Lui_Olesk, lk 10
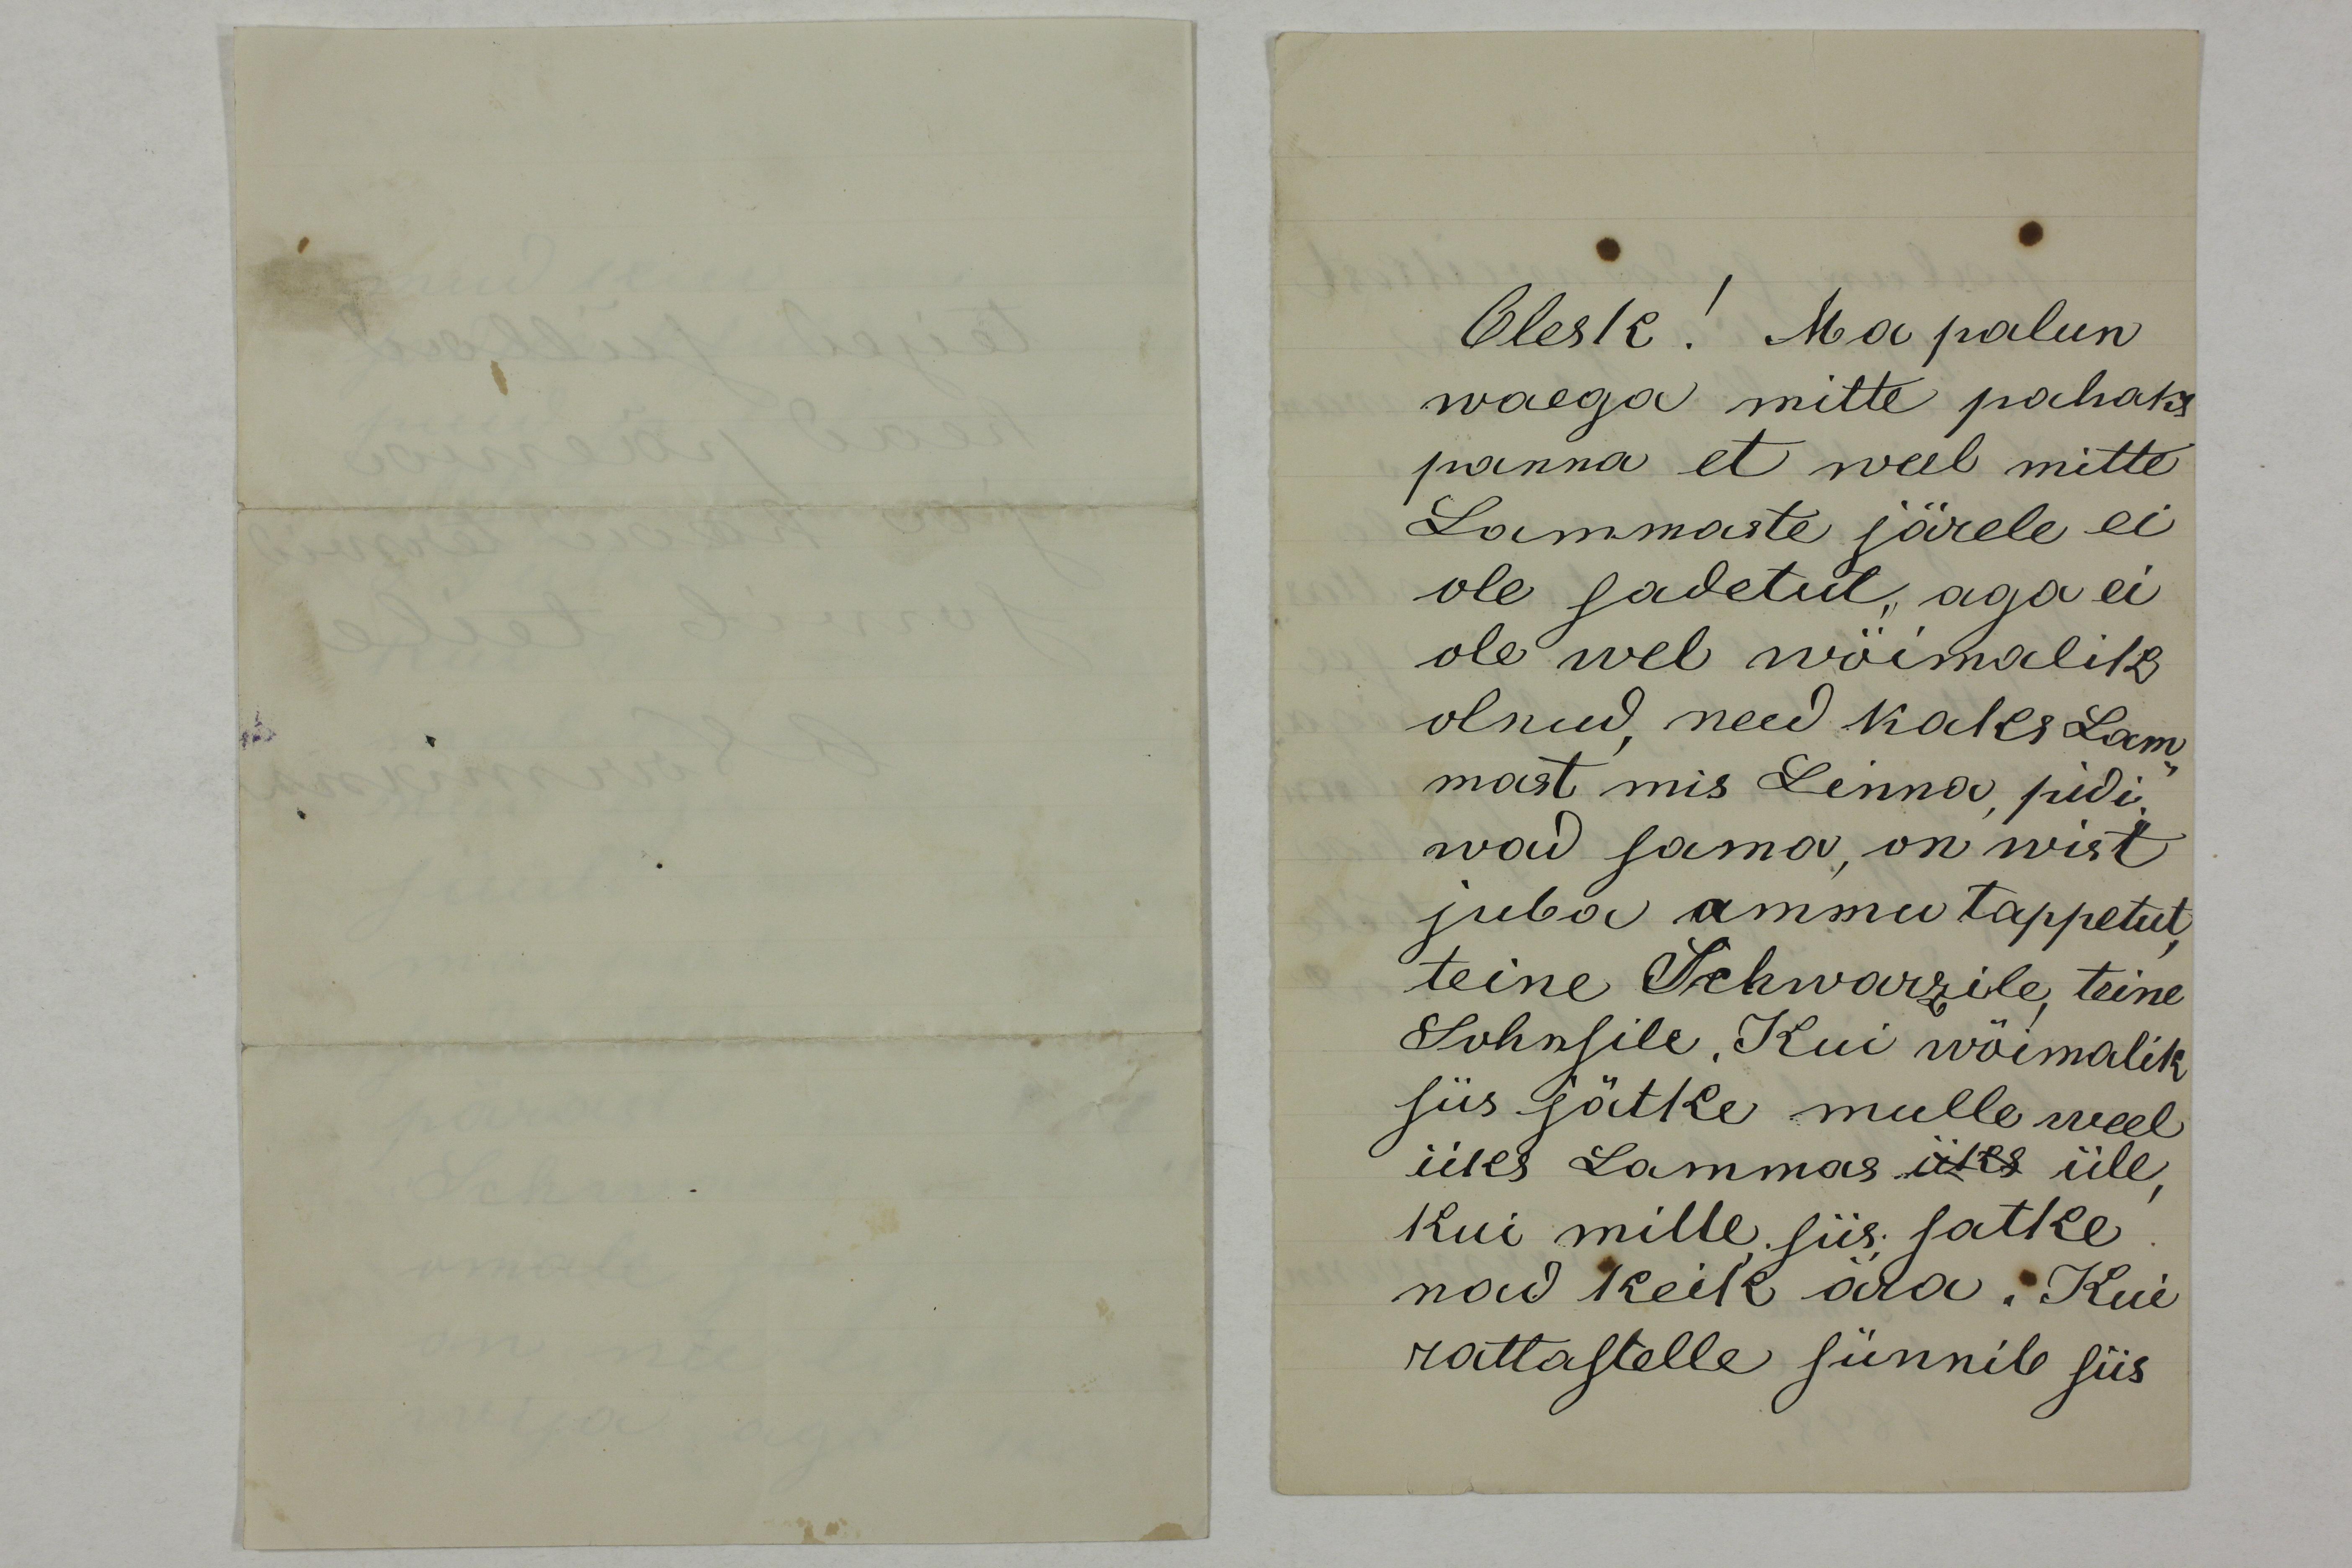
Olesk! Ma palun
waega mitte pahaks
panna et weel mitte
Lammaste järele ei 
ole sadetut, aga ei 
ole wel wöimalik
olnud, need kaks Lam-
mast mis Linna pidi-
wad sama, on wist
juba ammu tappetut,
teine Schwarzile, teine
Sohnsile, Kui wõimalik
siis jätke mulle weel
üks Lammas üks üle, 
Kui mille siis jatke
nad keik ära. Kui 
rattastele sünnib siis